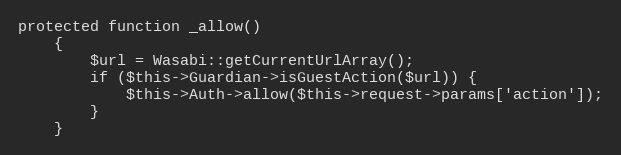
Language: PHP
protected function _allow()
    {
        $url = Wasabi::getCurrentUrlArray();
        if ($this->Guardian->isGuestAction($url)) {
            $this->Auth->allow($this->request->params['action']);
        }
    }